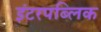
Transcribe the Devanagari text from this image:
इंटरपब्लिक